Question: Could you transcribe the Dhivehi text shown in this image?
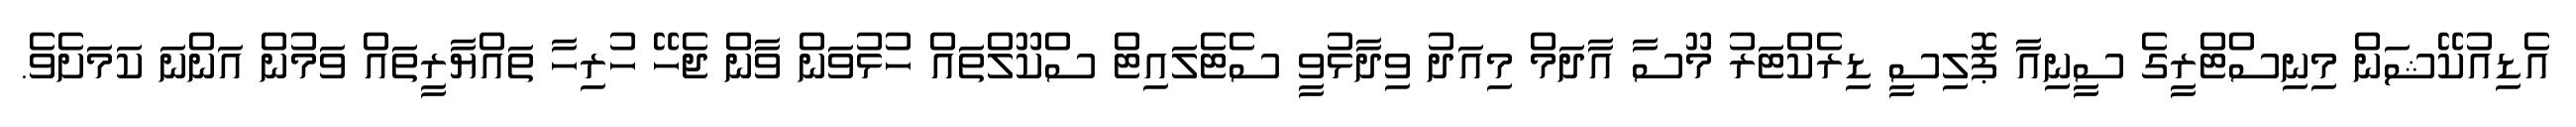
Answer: އެޑިއުކޭޝަން މިނިސްޓްރީގެ ސީނިއާ ޕޮލިސީ ޑިރެކްޓަރު މޫސާ އާދަމް މިއަދު ވިދާޅުވީ ސެޓެލައިޓް ސްކޫލްތައް ހުޅުވަން ވާން ޖެހޭ ހުރިހާ ތައްޔާރީތައް ވަމުން އަންނަ ކަމަށެވެ.